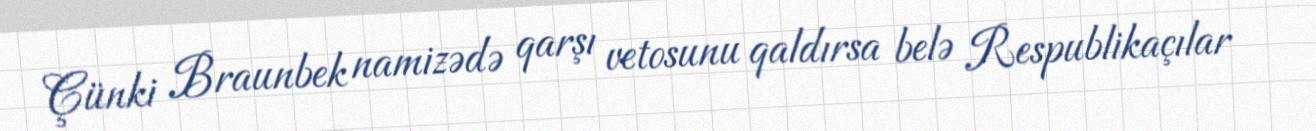
Çünki Braunbek namizədə qarşı vetosunu qaldırsa belə Respublikaçılar